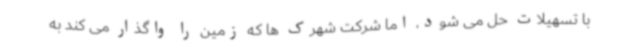
با تسهیلات حل می شود، اما شرکت شهرک ها که زمین را واگذار می کند به